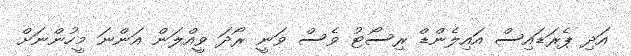
އަދި ޕެރަޑައިސް އައިލެންޑް ރިސޯޓު ވެސް ވަނީ ރޯދަ ވީއްލަން އަންނަ މީހުންނަށް